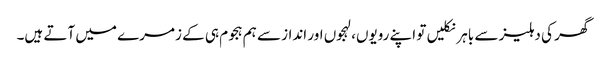
گھر کی دہلیز سے باہر نکلیں تو اپنے رویوں، لہجوں اور انداز سے ہم ہجوم ہی کے زمرے میں آتے ہیں۔